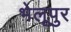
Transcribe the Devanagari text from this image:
भेलूपुर